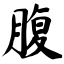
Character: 腹